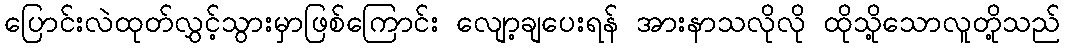
ပြောင်းလဲထုတ်လွှင့်သွားမှာဖြစ်ကြောင်း လျော့ချပေးရန် အားနာသလိုလို ထိုသို့သောလူတို့သည်